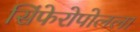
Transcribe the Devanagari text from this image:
सिंफेरोपोलला